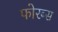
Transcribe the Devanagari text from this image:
फोरब्स